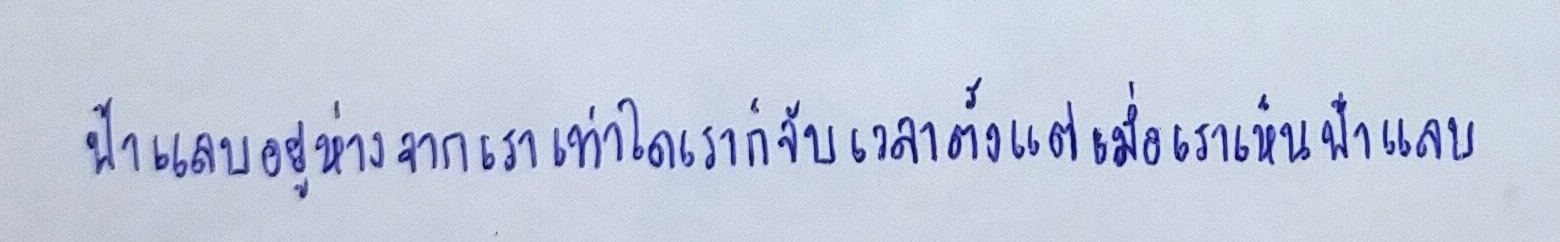
ฟ้าแลบอยู่ห่างจากเราเท่าใดเราก็จับเวลาตั้งแต่เมื่อเราเห็นฟ้าแลบ